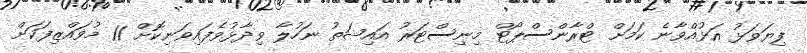
ފިޔަވަޅު އަޅުއްވާނެ ކަމަށް ޓްރާންސްޕޯޓް މިނިސްޓަރު އައިޝަތު ނަހުލާ ވިދާޅުވެފައިވަނިކޮށް 11 މުވައްޒިފަކަށް